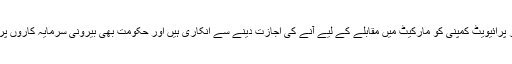
پہلے سے موجود یہ کمپنیاں کسی اور پرائیویٹ کمپنی کو مارکیٹ میں مقابلے کے لیے آنے کی اجازت دینے سے انکاری ہیں اور حکومت بھی بیرونی سرمایہ کاروں پر شرائط عائد کرنے سے خوفزدہ ہے۔